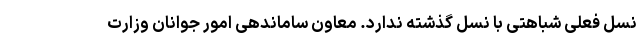
نسل فعلی شباهتی با نسل گذشته ندارد. معاون ساماندهی امور جوانان وزارت